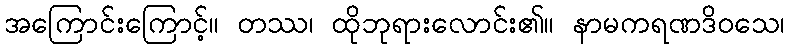
အကြောင်းကြောင့်။ တဿ၊ ထိုဘုရားလောင်း၏။ နာမကရဏဒိဝသေ၊